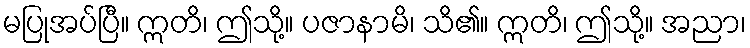
မပြုအပ်ပြီ။ ဣတိ၊ ဤသို့။ ပဇာနာမိ၊ သိ၏။ ဣတိ၊ ဤသို့။ အညာ၊